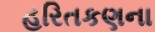
હરિતકણના